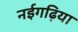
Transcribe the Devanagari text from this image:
नईगढ़िया